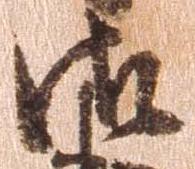
御